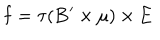
LaTeX: { \bf f } = \tau ( { \bf B } ^ { \prime } \times { \bf \mu } ) \times { \bf E }